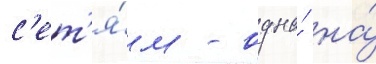
с'ет'я́м - одна́ на́